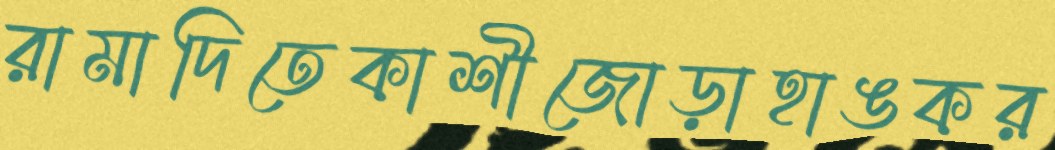
রামাদিতেকাশীজোড়াহাঙকর